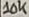
Text: 10K